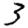
Digit: 3